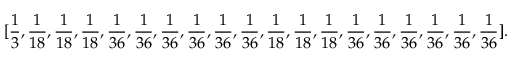
[ \frac { 1 } { 3 } , \frac { 1 } { 1 8 } , \frac { 1 } { 1 8 } , \frac { 1 } { 1 8 } , \frac { 1 } { 3 6 } , \frac { 1 } { 3 6 } , \frac { 1 } { 3 6 } , \frac { 1 } { 3 6 } , \frac { 1 } { 3 6 } , \frac { 1 } { 3 6 } , \frac { 1 } { 1 8 } , \frac { 1 } { 1 8 } , \frac { 1 } { 1 8 } , \frac { 1 } { 3 6 } , \frac { 1 } { 3 6 } , \frac { 1 } { 3 6 } , \frac { 1 } { 3 6 } , \frac { 1 } { 3 6 } , \frac { 1 } { 3 6 } ] .